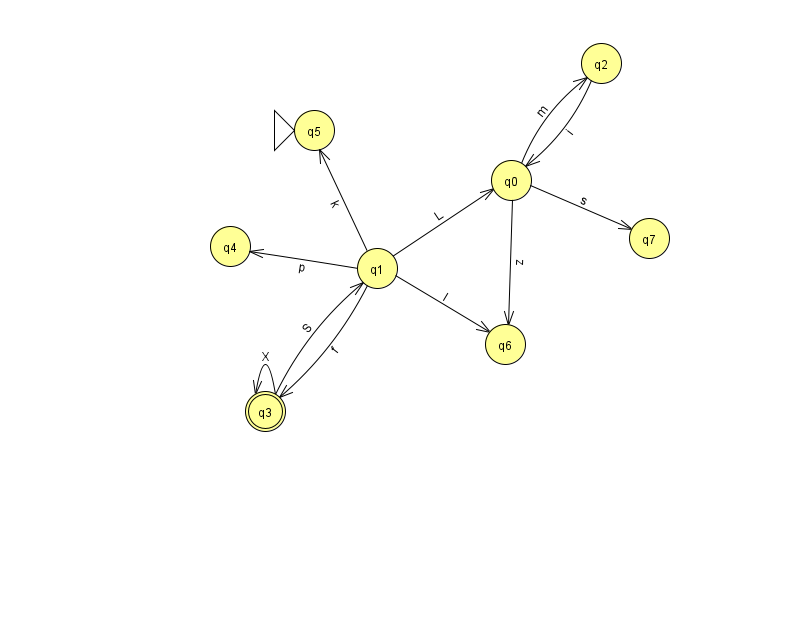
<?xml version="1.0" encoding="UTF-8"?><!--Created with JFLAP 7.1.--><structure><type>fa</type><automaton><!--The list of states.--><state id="0" name="q0"><x>511.0</x><y>167.0</y></state><state id="1" name="q1"><x>377.0</x><y>255.0</y></state><state id="2" name="q2"><x>601.0</x><y>50.0</y></state><state id="3" name="q3"><x>265.0</x><y>398.0</y><final/></state><state id="4" name="q4"><x>230.0</x><y>233.0</y></state><state id="5" name="q5"><x>314.0</x><y>117.0</y><initial/></state><state id="6" name="q6"><x>505.0</x><y>331.0</y></state><state id="7" name="q7"><x>649.0</x><y>225.0</y></state><!--The list of transitions.--><transition><from>0</from><to>2</to><read>m</read></transition><transition><from>0</from><to>6</to><read>z</read></transition><transition><from>1</from><to>6</to><read>I</read></transition><transition><from>1</from><to>3</to><read>f</read></transition><transition><from>1</from><to>5</to><read>k</read></transition><transition><from>2</from><to>0</to><read>i</read></transition><transition><from>3</from><to>1</to><read>S</read></transition><transition><from>3</from><to>3</to><read>X</read></transition><transition><from>0</from><to>7</to><read>s</read></transition><transition><from>1</from><to>0</to><read>L</read></transition><transition><from>1</from><to>4</to><read>p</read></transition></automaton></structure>